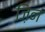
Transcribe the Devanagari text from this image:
ज़िन